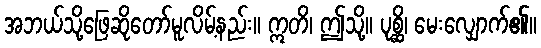
အဘယ်သို့ဖြေဆိုတော်မူလိမ့်နည်း။ ဣတိ၊ ဤသို့။ ပုစ္ဆိ၊ မေးလျှောက်၏။